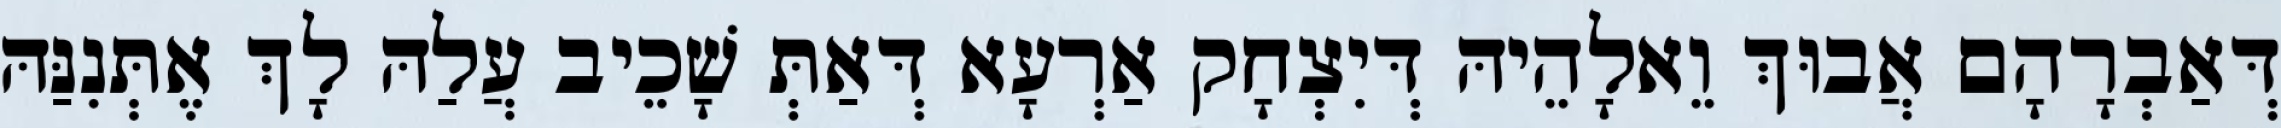
דְּאַבְרָהָם אֲבוּךְ וֵאלָהֵיהּ דְּיִצְחָק אַרְעָא דְּאַתְּ שָׁכֵיב עֲלַהּ לָךְ אֶתְּנִנַּהּ